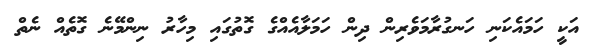
އަކީ ހަމައެކަނި ހަނގުރާމަވެރިން ދިން ހަމަލާއެއްގެ ގޮތުގައި މިހާރު ނިންމޭނެ ގޮތެއް ނެތް